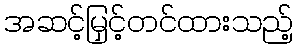
အဆင့်မြှင့်တင်ထားသည့်